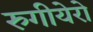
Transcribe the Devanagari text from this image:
रुगीयेरो